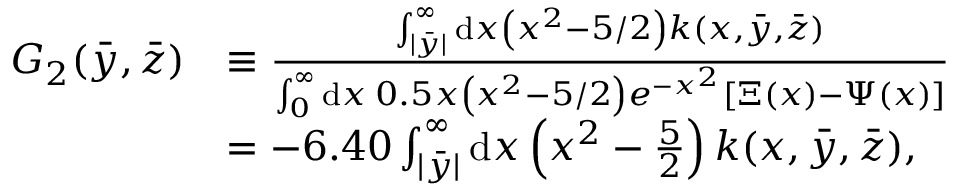
\begin{array} { r l } { G _ { 2 } ( \Bar { y } , \Bar { z } ) } & { \equiv \frac { \int _ { | \bar { y } | } ^ { \infty } \mathrm { d } x \left( x ^ { 2 } - 5 / 2 \right) k ( x , \bar { y } , \bar { z } ) } { \int _ { 0 } ^ { \infty } \mathrm { d } x \: 0 . 5 x \left( x ^ { 2 } - 5 / 2 \right) e ^ { - x ^ { 2 } } \left[ \Xi ( x ) - \Psi ( x ) \right] } } \\ & { = - 6 . 4 0 \int _ { | \bar { y } | } ^ { \infty } \mathrm { d } x \left( x ^ { 2 } - \frac { 5 } { 2 } \right) k ( x , \bar { y } , \bar { z } ) , } \end{array}